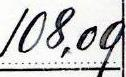
108,09